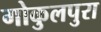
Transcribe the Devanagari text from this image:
गोकुलपुरा